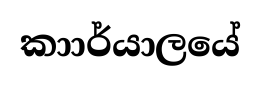
කාාර්යාලයේ